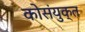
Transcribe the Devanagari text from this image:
कोसंयुक्त